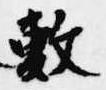
敷